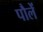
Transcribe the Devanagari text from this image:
पौलें